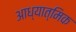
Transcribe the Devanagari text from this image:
आध्‍यात्मिक